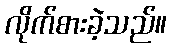
လိုက်စားခဲ့သည်။